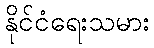
နိုင်ငံရေးသမား